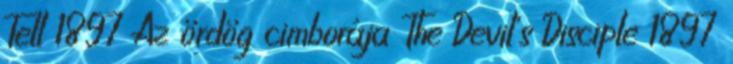
Tell 1897 Az ördög cimborája The Devil's Disciple 1897